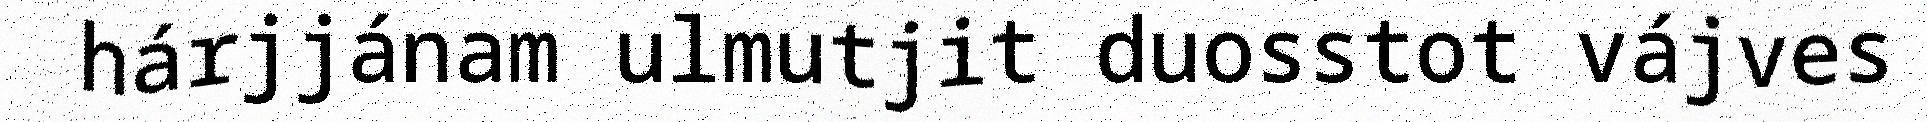
hárjjánam ulmutjit duosstot vájves